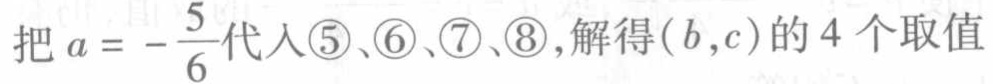
把\(a = - \frac{5}{6}\)代入\textcircled{5}、\textcircled{6}、\textcircled{7}、\textcircled{8}，解得\((b,c)\)的\(4\)个取值